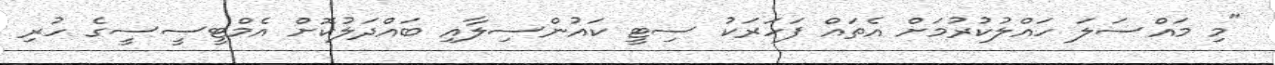
"މި މައްސަލަ ހައްލުކުރުމަށް އެތައް ފަހަރަކު ސިޓީ ކައުންސިލާއި ބައްދަލުކޮށް އެމްޓީސީސީގެ ހުރި